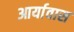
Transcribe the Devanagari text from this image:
आर्यावास